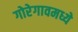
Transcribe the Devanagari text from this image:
गोरेगावमध्ये